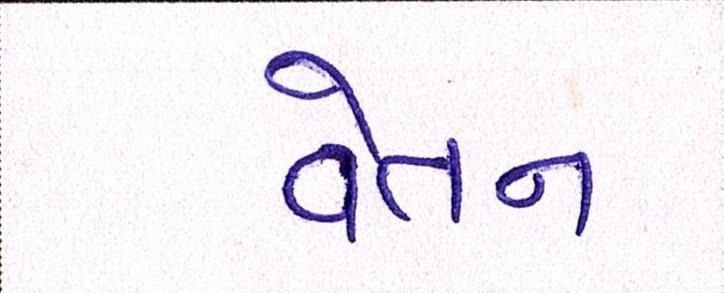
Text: વેતન